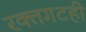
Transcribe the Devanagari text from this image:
रक्तगटही